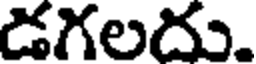
డగలదు.